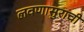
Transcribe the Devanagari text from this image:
लवणासुराची